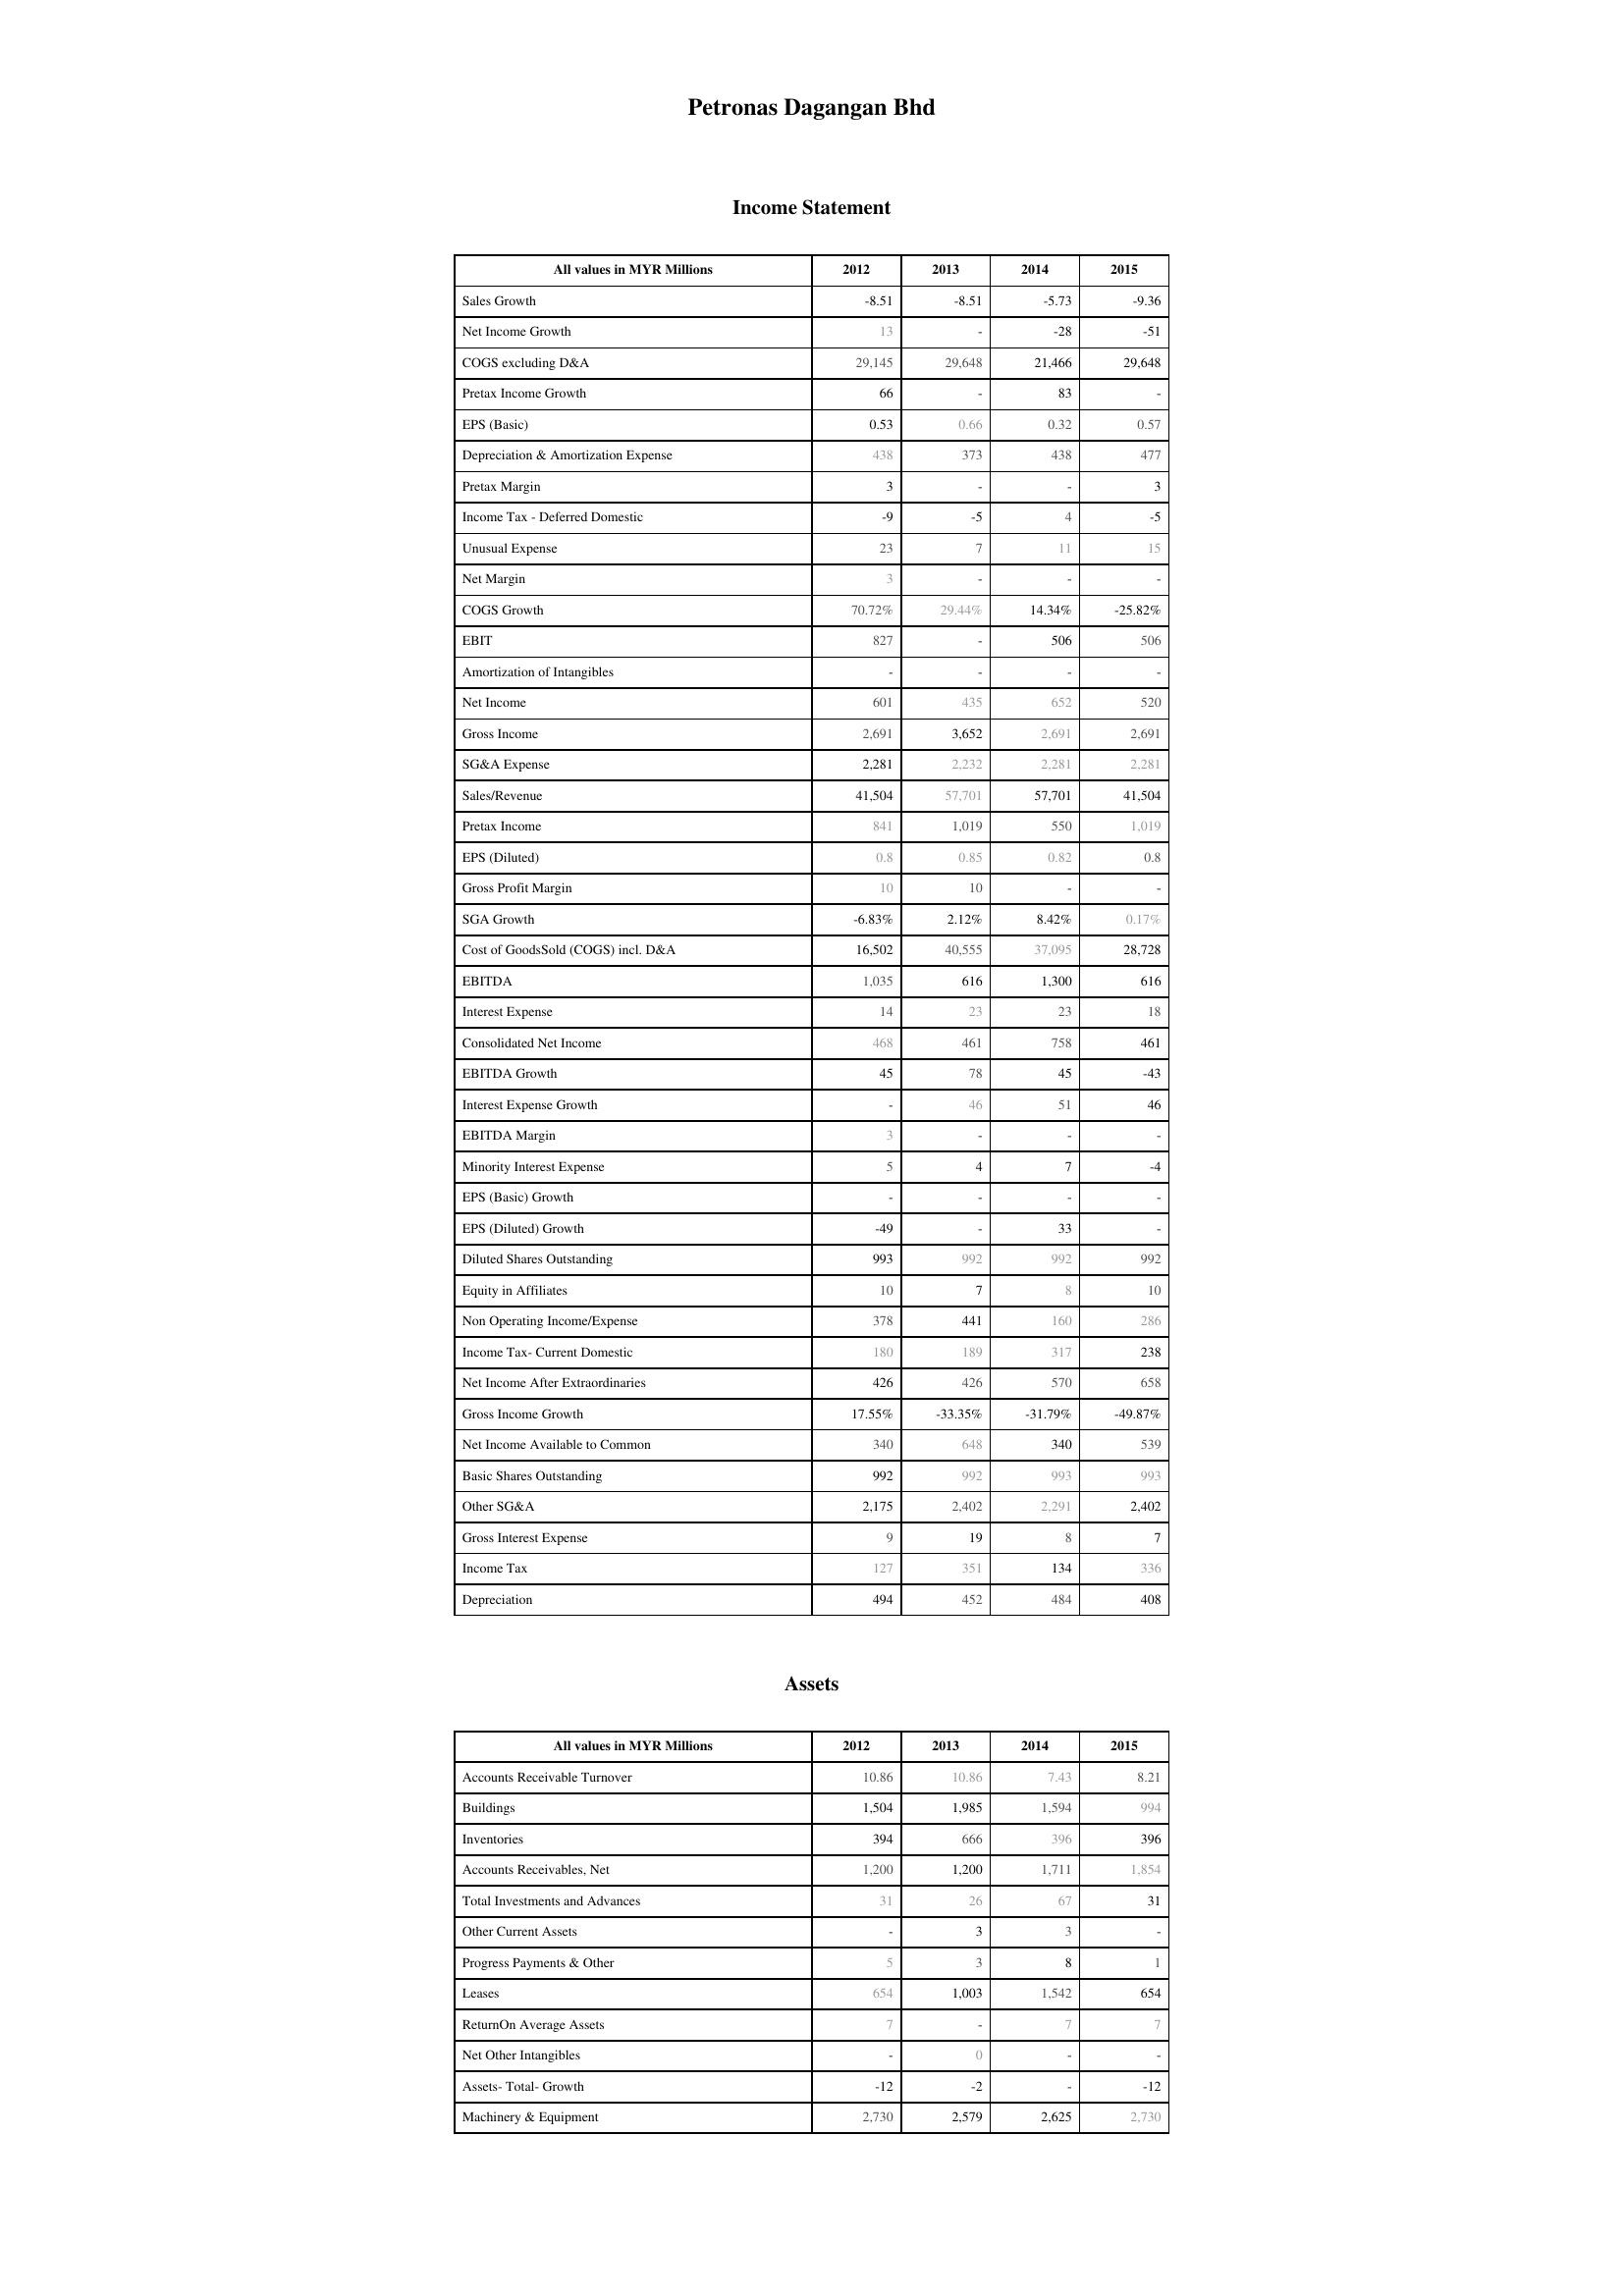
2012: Income Statement: Sales Growth: -8.51
Net Income Growth: 13
COGS excluding D&A: 29,145
Pretax Income Growth: 66
EPS (Basic): 0.53
Depreciation & Amortization Expense: 438
Pretax Margin: 3
Income Tax - Deferred Domestic: -9
Unusual Expense: 23
Net Margin: 3
COGS Growth: 70.72%
EBIT: 827
Amortization of Intangibles: -
Net Income: 601
Gross Income: 2,691
SG&A Expense: 2,281
Sales/Revenue: 41,504
Pretax Income: 841
EPS (Diluted): 0.8
Gross Profit Margin: 10
SGA Growth: -6.83%
Cost of GoodsSold (COGS) incl. D&A: 16,502
EBITDA: 1,035
Interest Expense: 14
Consolidated Net Income: 468
EBITDA Growth: 45
Interest Expense Growth: -
EBITDA Margin: 3
Minority Interest Expense: 5
EPS (Basic) Growth: -
EPS (Diluted) Growth: -49
Diluted Shares Outstanding: 993
Equity in Affiliates: 10
Non Operating Income/Expense: 378
Income Tax- Current Domestic: 180
Net Income After Extraordinaries: 426
Gross Income Growth: 17.55%
Net Income Available to Common: 340
Basic Shares Outstanding: 992
Other SG&A: 2,175
Gross Interest Expense: 9
Income Tax: 127
Depreciation: 494
Assets: Accounts Receivable Turnover: 10.86
Buildings: 1,504
Inventories: 394
Accounts Receivables, Net: 1,200
Total Investments and Advances: 31
Other Current Assets: -
Progress Payments & Other: 5
Leases: 654
ReturnOn Average Assets: 7
Net Other Intangibles: -
Assets- Total- Growth: -12
Machinery & Equipment: 2,730
2013: Income Statement: Sales Growth: -8.51
Net Income Growth: -
COGS excluding D&A: 29,648
Pretax Income Growth: -
EPS (Basic): 0.66
Depreciation & Amortization Expense: 373
Pretax Margin: -
Income Tax - Deferred Domestic: -5
Unusual Expense: 7
Net Margin: -
COGS Growth: 29.44%
EBIT: -
Amortization of Intangibles: -
Net Income: 435
Gross Income: 3,652
SG&A Expense: 2,232
Sales/Revenue: 57,701
Pretax Income: 1,019
EPS (Diluted): 0.85
Gross Profit Margin: 10
SGA Growth: 2.12%
Cost of GoodsSold (COGS) incl. D&A: 40,555
EBITDA: 616
Interest Expense: 23
Consolidated Net Income: 461
EBITDA Growth: 78
Interest Expense Growth: 46
EBITDA Margin: -
Minority Interest Expense: 4
EPS (Basic) Growth: -
EPS (Diluted) Growth: -
Diluted Shares Outstanding: 992
Equity in Affiliates: 7
Non Operating Income/Expense: 441
Income Tax- Current Domestic: 189
Net Income After Extraordinaries: 426
Gross Income Growth: -33.35%
Net Income Available to Common: 648
Basic Shares Outstanding: 992
Other SG&A: 2,402
Gross Interest Expense: 19
Income Tax: 351
Depreciation: 452
Assets: Accounts Receivable Turnover: 10.86
Buildings: 1,985
Inventories: 666
Accounts Receivables, Net: 1,200
Total Investments and Advances: 26
Other Current Assets: 3
Progress Payments & Other: 3
Leases: 1,003
ReturnOn Average Assets: -
Net Other Intangibles: 0
Assets- Total- Growth: -2
Machinery & Equipment: 2,579
2014: Income Statement: Sales Growth: -5.73
Net Income Growth: -28
COGS excluding D&A: 21,466
Pretax Income Growth: 83
EPS (Basic): 0.32
Depreciation & Amortization Expense: 438
Pretax Margin: -
Income Tax - Deferred Domestic: 4
Unusual Expense: 11
Net Margin: -
COGS Growth: 14.34%
EBIT: 506
Amortization of Intangibles: -
Net Income: 652
Gross Income: 2,691
SG&A Expense: 2,281
Sales/Revenue: 57,701
Pretax Income: 550
EPS (Diluted): 0.82
Gross Profit Margin: -
SGA Growth: 8.42%
Cost of GoodsSold (COGS) incl. D&A: 37,095
EBITDA: 1,300
Interest Expense: 23
Consolidated Net Income: 758
EBITDA Growth: 45
Interest Expense Growth: 51
EBITDA Margin: -
Minority Interest Expense: 7
EPS (Basic) Growth: -
EPS (Diluted) Growth: 33
Diluted Shares Outstanding: 992
Equity in Affiliates: 8
Non Operating Income/Expense: 160
Income Tax- Current Domestic: 317
Net Income After Extraordinaries: 570
Gross Income Growth: -31.79%
Net Income Available to Common: 340
Basic Shares Outstanding: 993
Other SG&A: 2,291
Gross Interest Expense: 8
Income Tax: 134
Depreciation: 484
Assets: Accounts Receivable Turnover: 7.43
Buildings: 1,594
Inventories: 396
Accounts Receivables, Net: 1,711
Total Investments and Advances: 67
Other Current Assets: 3
Progress Payments & Other: 8
Leases: 1,542
ReturnOn Average Assets: 7
Net Other Intangibles: -
Assets- Total- Growth: -
Machinery & Equipment: 2,625
2015: Income Statement: Sales Growth: -9.36
Net Income Growth: -51
COGS excluding D&A: 29,648
Pretax Income Growth: -
EPS (Basic): 0.57
Depreciation & Amortization Expense: 477
Pretax Margin: 3
Income Tax - Deferred Domestic: -5
Unusual Expense: 15
Net Margin: -
COGS Growth: -25.82%
EBIT: 506
Amortization of Intangibles: -
Net Income: 520
Gross Income: 2,691
SG&A Expense: 2,281
Sales/Revenue: 41,504
Pretax Income: 1,019
EPS (Diluted): 0.8
Gross Profit Margin: -
SGA Growth: 0.17%
Cost of GoodsSold (COGS) incl. D&A: 28,728
EBITDA: 616
Interest Expense: 18
Consolidated Net Income: 461
EBITDA Growth: -43
Interest Expense Growth: 46
EBITDA Margin: -
Minority Interest Expense: -4
EPS (Basic) Growth: -
EPS (Diluted) Growth: -
Diluted Shares Outstanding: 992
Equity in Affiliates: 10
Non Operating Income/Expense: 286
Income Tax- Current Domestic: 238
Net Income After Extraordinaries: 658
Gross Income Growth: -49.87%
Net Income Available to Common: 539
Basic Shares Outstanding: 993
Other SG&A: 2,402
Gross Interest Expense: 7
Income Tax: 336
Depreciation: 408
Assets: Accounts Receivable Turnover: 8.21
Buildings: 994
Inventories: 396
Accounts Receivables, Net: 1,854
Total Investments and Advances: 31
Other Current Assets: -
Progress Payments & Other: 1
Leases: 654
ReturnOn Average Assets: 7
Net Other Intangibles: -
Assets- Total- Growth: -12
Machinery & Equipment: 2,730